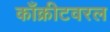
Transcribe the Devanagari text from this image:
काँक्रीटवरल